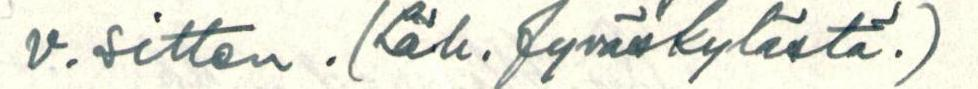
v. sitten. (Läh. Jyväskylästä.)